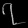
Digit: ၇